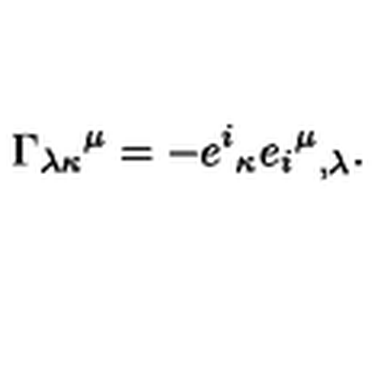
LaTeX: { \Gamma _ { \lambda \kappa } } ^ { \mu } = - { e ^ { i } } _ { \kappa } { { { e _ { i } } ^ { \mu } } } _ { , \lambda } .